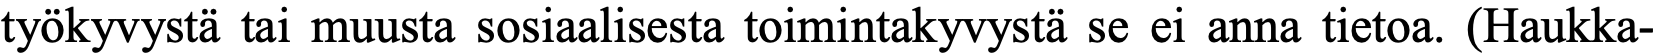
työkyvystä tai muusta sosiaalisesta toimintakyvystä se ei anna tietoa. (Haukka-